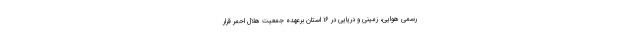
رسمی هوایی، زمینی و دریایی در ۱۶ استان برعهده جمعیت هلال احمر قرار